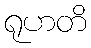
ရုဟတိ